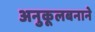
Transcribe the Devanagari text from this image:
अनुकूलबनाने